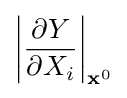
\left|{\frac {\partial Y}{\partial X_{i}}}\right|_{{\textbf {x}}^{0}}